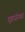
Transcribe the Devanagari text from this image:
गृहसंस्था